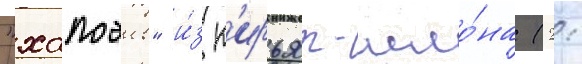
"хапоэль" и́з к'ирьят-шмо́на (2: